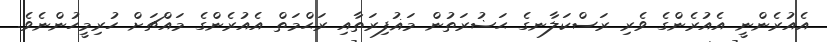
އެއުރެންނީ އެއުރެންގެ ވެރި ރަސްކަލާނގެ ޙަޟުރަތުން މަޣުފިރަތާއި ރަޙްމަތް އެއުރެންގެ މައްޗަށް ހުރިމީހުންނެވެ.